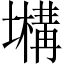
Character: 𡒫